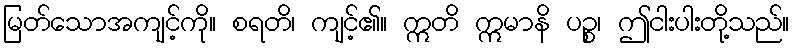
မြတ်သောအကျင့်ကို။ စရတိ၊ ကျင့်၏။ ဣတိ ဣမာနိ ပဉ္စ၊ ဤငါးပါးတို့သည်။